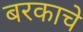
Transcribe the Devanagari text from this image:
बरकाचे